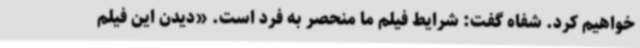
خواهیم کرد. شفاه گفت: شرایط فیلم ما منحصر به فرد است. «دیدن این فیلم